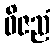
ဝိဇညံ